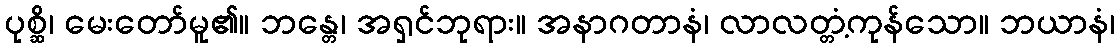
ပုစ္ဆိ၊ မေးတော်မူ၏။ ဘန္တေ၊ အရှင်ဘုရား။ အနာဂတာနံ၊ လာလတ္တံ့ကုန်သော။ ဘယာနံ၊